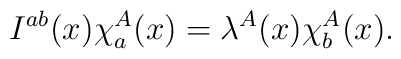
I^{ab}(x)\chi_{a}^{A}(x)=\lambda^{A}(x)\chi_{b}^{A}(x).